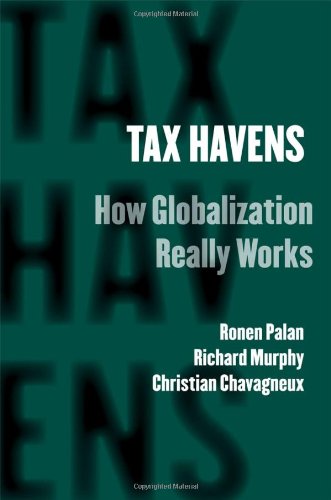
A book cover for Tax Havens: How Globalization Really Works (Cornell Studies in Money); Ronen Palan; Law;